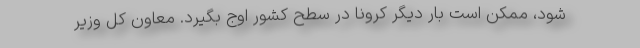
شود، ممکن است بار دیگر کرونا در سطح کشور اوج بگیرد. معاون کل وزیر